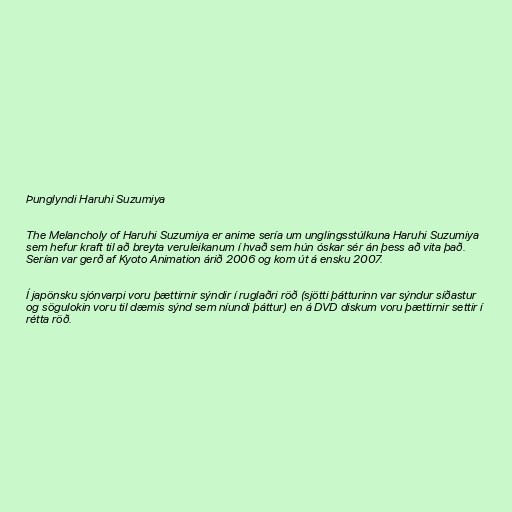
Þunglyndi Haruhi Suzumiya

The Melancholy of Haruhi Suzumiya er anime sería um unglingsstúlkuna Haruhi Suzumiya
sem hefur kraft til að breyta veruleikanum í hvað sem hún óskar sér án þess að vita það.
Serían var gerð af Kyoto Animation árið 2006 og kom út á ensku 2007.

Í japönsku sjónvarpi voru þættirnir sýndir í ruglaðri röð (sjötti þátturinn var sýndur síðastur
og sögulokin voru til dæmis sýnd sem níundi þáttur) en á DVD diskum voru þættirnir settir í
rétta röð.